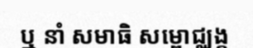
ឬ នាំ សមាធិ សម្ពោជ្ឈង្គ